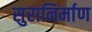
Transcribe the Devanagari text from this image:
सुरानिर्माण